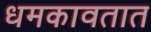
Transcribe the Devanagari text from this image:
धमकावतात